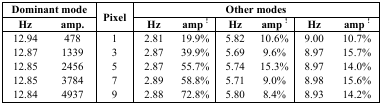
<table><thead><tr><td colspan="2"><b>Dominant mode</b></td><td rowspan="3"><b>Pixel</b></td><td colspan="6"><b>Other modes</b></td></tr><tr><td><b>Hz</b></td><td><b>amp.</b></td><td><b>Hz</b></td><td><b>amp<sup>!</sup></b></td><td><b>Hz</b></td><td><b>amp<sup>!</sup></b></td><td><b>Hz</b></td><td><b>amp<sup>!</sup></b></td></tr></thead><tbody><tr><td>12.94</td><td>478</td><td>1</td><td>2.81</td><td>19.9%</td><td>5.82</td><td>10.6%</td><td>9.00</td><td>10.7%</td></tr><tr><td>12.87</td><td>1339</td><td>3</td><td>2.87</td><td>39.9%</td><td>5.69</td><td>9.6%</td><td>8.97</td><td>15.7%</td></tr><tr><td>12.85</td><td>2456</td><td>5</td><td>2.87</td><td>55.7%</td><td>5.74</td><td>15.3%</td><td>8.97</td><td>14.0%</td></tr><tr><td>12.85</td><td>3784</td><td>7</td><td>2.89</td><td>58.8%</td><td>5.71</td><td>9.0%</td><td>8.98</td><td>15.6%</td></tr><tr><td>12.84</td><td>4937</td><td>9</td><td>2.88</td><td>72.8%</td><td>5.80</td><td>8.4%</td><td>8.93</td><td>14.2%</td></tr></tbody></table>